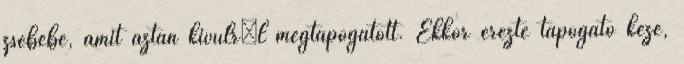
zsebébe, amit aztán kívülrıl megtapogatott. Ekkor érezte tapogató keze,